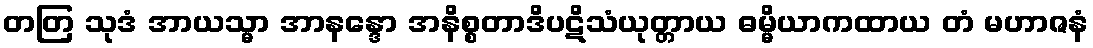
တတြ သုဒံ အာယသ္မာ အာနန္ဒော အနိစ္စတာဒိပဋိသံယုတ္တာယ ဓမ္မိယာကထာယ တံ မဟာဇနံ